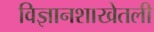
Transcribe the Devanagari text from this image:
विज्ञानशाखेतली